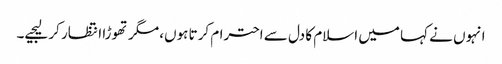
انہوں نے کہا میں اسلام کا دل سے احترام کرتا ہوں، مگر تھوڑا انتظار کر لیجیے۔